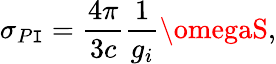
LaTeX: \sigma_{P\mathtt{I}}={\frac{{4\pi}}{{3c}}}{\frac{{1}}{{g_{i}}}}\omegaS,